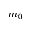
m _ { 0 }